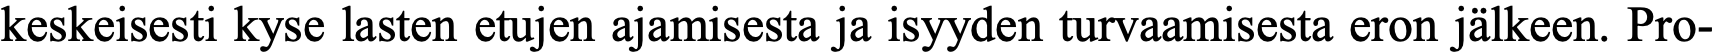
keskeisesti kyse lasten etujen ajamisesta ja isyyden turvaamisesta eron jälkeen. Pro-